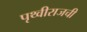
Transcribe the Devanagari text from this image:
पृथ्वीराजची